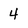
Character: 4